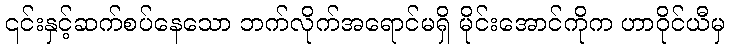
၎င်းနှင့်ဆက်စပ်နေသော ဘက်လိုက်အရောင်မရှိ မိုင်းအောင်ကိုက ဟာဝိုင်ယီမှ